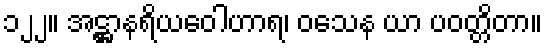
၁၂၂။ အဋ္ဌာနရိယဝေါဟာရ၊ ဝသေန ယာ ပဝတ္တိတာ။